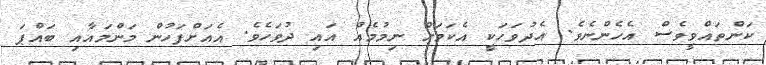
ކަންތައްވީވެސް އެހެންނެވެ. އެދުވަހަކީ އެކަމަށް ނިމުމެއް އައި ދުވަހެވެ. އެއަށްފަހުން މަންމައާއި ބައްޕަ